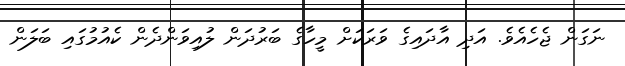
ނަގަން ޖެހެއެވެ. އަދި އާދައިގެ ވަރަކަށް މީހާގެ ބަރުދަން ލުއިވަންދެން ކެއުމުގައި ބަލަން